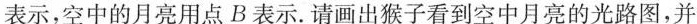
表示，空中的月亮用点B表示。请画出猴子看到空中月亮的光路图，并